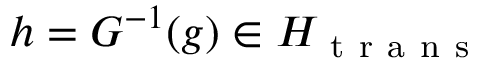
h = G ^ { - 1 } ( g ) \in H _ { \mathrm { ~ t ~ r ~ a ~ n ~ s ~ } }